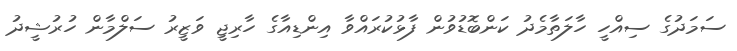
ސަމަދުގެ ސިއްހީ ހާލަތާމެދު ކަންބޮޑުވުން ފާޅުކުރައްވާ އިންޑިއާގެ ހާރިޖީ ވަޒީރު ސަލްމާން ހުރުޝީދު